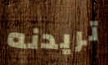
تريدنه